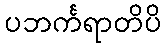
ပဘင်္ကရာတိပိ